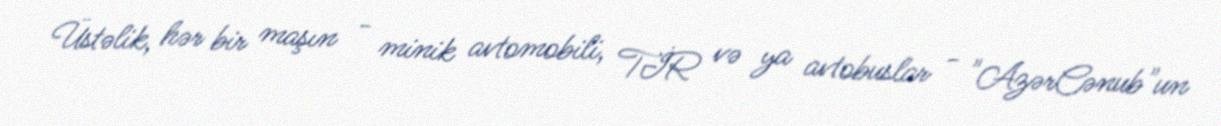
Üstəlik, hər bir maşın - minik avtomobili, TİR və ya avtobuslar - "AzərCənub"un